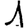
Digit: 1